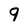
Character: 9